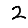
Digit: 2